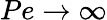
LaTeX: Pe\rightarrow\infty